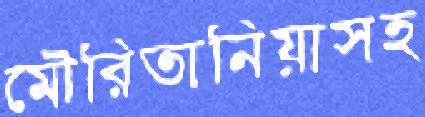
মৌরিতানিয়াসহ